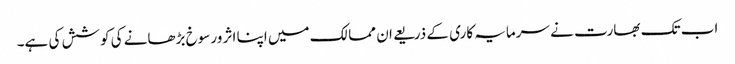
اب تک بھارت نے سرمایہ کاری کے ذریعے ان ممالک میں اپنا اثر ورسوخ بڑھانے کی کوشش کی ہے۔